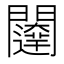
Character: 𮤨